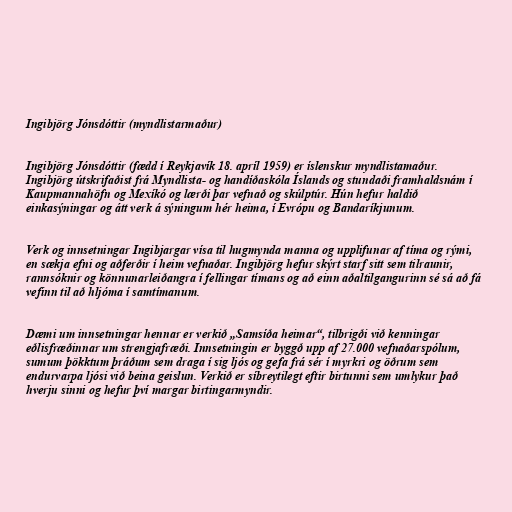
Ingibjörg Jónsdóttir (myndlistarmaður)

Ingibjörg Jónsdóttir (fædd í Reykjavík 18. apríl 1959) er íslenskur myndlistamaður.
Ingibjörg útskrifaðist frá Myndlista- og handíðaskóla Íslands og stundaði framhaldsnám í
Kaupmannahöfn og Mexíkó og lærði þar vefnað og skúlptúr. Hún hefur haldið
einkasýningar og átt verk á sýningum hér heima, í Evrópu og Bandaríkjunum.

Verk og innsetningar Ingibjargar vísa til hugmynda manna og upplifunar af tíma og rými,
en sækja efni og aðferðir í heim vefnaðar. Ingibjörg hefur skýrt starf sitt sem tilraunir,
rannsóknir og könnunarleiðangra í fellingar tímans og að einn aðaltilgangurinn sé sá að fá
vefinn til að hljóma í samtímanum.

Dæmi um innsetningar hennar er verkið „Samsíða heimar“, tilbrigði við kenningar
eðlisfræðinnar um strengjafræði. Innsetningin er byggð upp af 27.000 vefnaðarspólum,
sumum þökktum þráðum sem draga í sig ljós og gefa frá sér í myrkri og öðrum sem
endurvarpa ljósi við beina geislun. Verkið er síbreytilegt eftir birtunni sem umlykur það
hverju sinni og hefur því margar birtingarmyndir.